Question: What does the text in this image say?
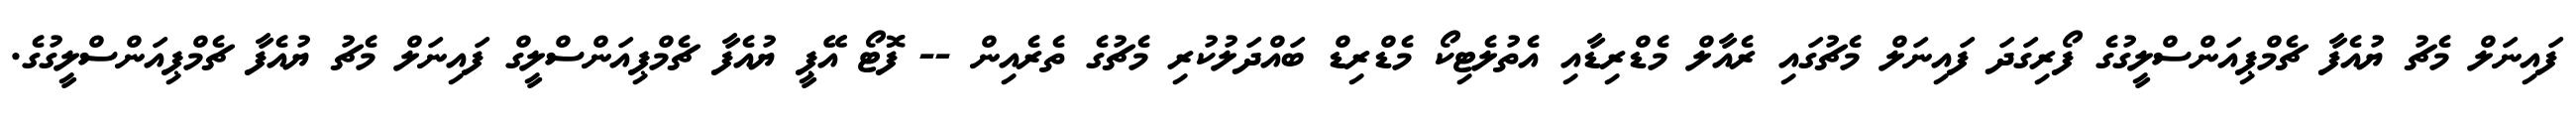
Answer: ފައިނަލް މެޗު ޔުއެފާ ޗެމްޕިއަންސްލީގުގެ ފޯރިގަދަ ފައިނަލް މެޗުގައި ރެއާލް މެޑްރިޑާއި އެތުލެޓިކޯ މެޑްރިޑް ބައްދަލުކުރި މެޗުގެ ތެރެއިން -- ފޮޓޯ އޭޕީ ޔުއެފާ ޗެމްޕިއަންސްލީގް ފައިނަލް މެޗު ޔުއެފާ ޗެމްޕިއަންސްލީގުގެ.